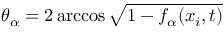
\theta _ { \alpha } = 2 \operatorname { a r c c o s } { \sqrt { 1 - f _ { \alpha } ( x _ { i } , t ) } }